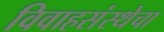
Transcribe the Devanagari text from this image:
विवाहसंस्थेचा